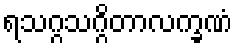
ရသဂ္ဂသဂ္ဂိတာလက္ခဏံ